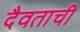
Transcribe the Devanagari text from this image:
दैवताची